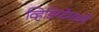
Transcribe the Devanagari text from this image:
व्हिडियोमध्ये